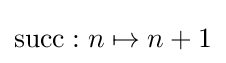
\mathrm {succ} :n\mapsto n+1